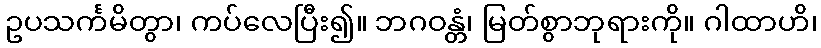
ဥပသင်္ကမိတွာ၊ ကပ်လေပြီး၍။ ဘဂဝန္တံ၊ မြတ်စွာဘုရားကို။ ဂါထာဟိ၊